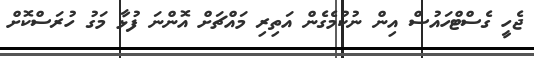
ޖެހީ ގެސްޓްހައުސް އިން ނުކުމެގެން އަތިރި މައްޗަށް އޮންނަ ފުޅާ މަގު ހުރަސްކޮށް